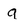
Character: g